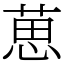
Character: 葸